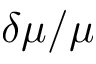
\delta \mu / \mu